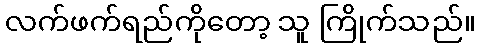
လက်ဖက်ရည်ကိုတော့ သူ ကြိုက်သည်။